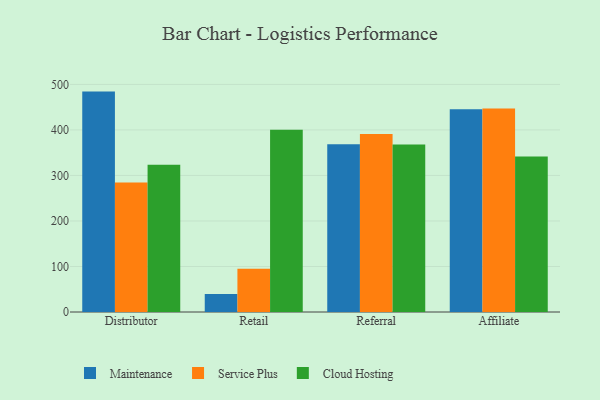
{"axis": {"x": "Channel", "y": "Gross Profit (USD K)"}, "legend": ["Cloud Hosting", "Maintenance", "Service Plus"], "data": [{"x": "Distributor", "y": 484.2, "type": "Maintenance"}, {"x": "Distributor", "y": 284.3, "type": "Service Plus"}, {"x": "Distributor", "y": 323.3, "type": "Cloud Hosting"}, {"x": "Retail", "y": 39.8, "type": "Maintenance"}, {"x": "Retail", "y": 94.8, "type": "Service Plus"}, {"x": "Retail", "y": 400.3, "type": "Cloud Hosting"}, {"x": "Referral", "y": 368.6, "type": "Maintenance"}, {"x": "Referral", "y": 390.9, "type": "Service Plus"}, {"x": "Referral", "y": 368.0, "type": "Cloud Hosting"}, {"x": "Affiliate", "y": 445.3, "type": "Maintenance"}, {"x": "Affiliate", "y": 446.8, "type": "Service Plus"}, {"x": "Affiliate", "y": 341.6, "type": "Cloud Hosting"}]}